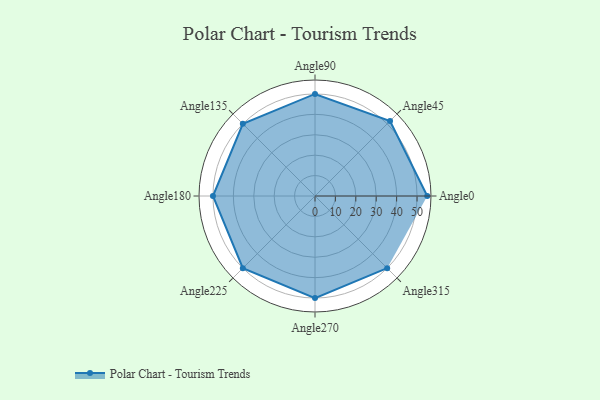
{"axis": {"x": "Angle", "y": "Radius"}, "legend": [""], "data": [{"x": "Angle0", "y": 55.0, "type": ""}, {"x": "Angle45", "y": 52.0, "type": ""}, {"x": "Angle90", "y": 50, "type": ""}, {"x": "Angle135", "y": 50, "type": ""}, {"x": "Angle180", "y": 50, "type": ""}, {"x": "Angle225", "y": 50, "type": ""}, {"x": "Angle270", "y": 50, "type": ""}, {"x": "Angle315", "y": 50, "type": ""}]}